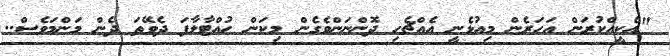
"އެކީއްކުރަން އަހަރެން މިއުޅެނީ އެއްޗެހި ދޮންނަންވެގެން މިކަން ހުއްޓާލާފަ ދެވޭތަ ދެން މަންމަވެސް..